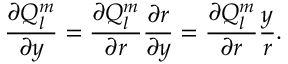
\frac { \partial Q _ { l } ^ { m } } { \partial y } = \frac { \partial Q _ { l } ^ { m } } { \partial r } \frac { \partial r } { \partial y } = \frac { \partial Q _ { l } ^ { m } } { \partial r } \frac { y } { r } .